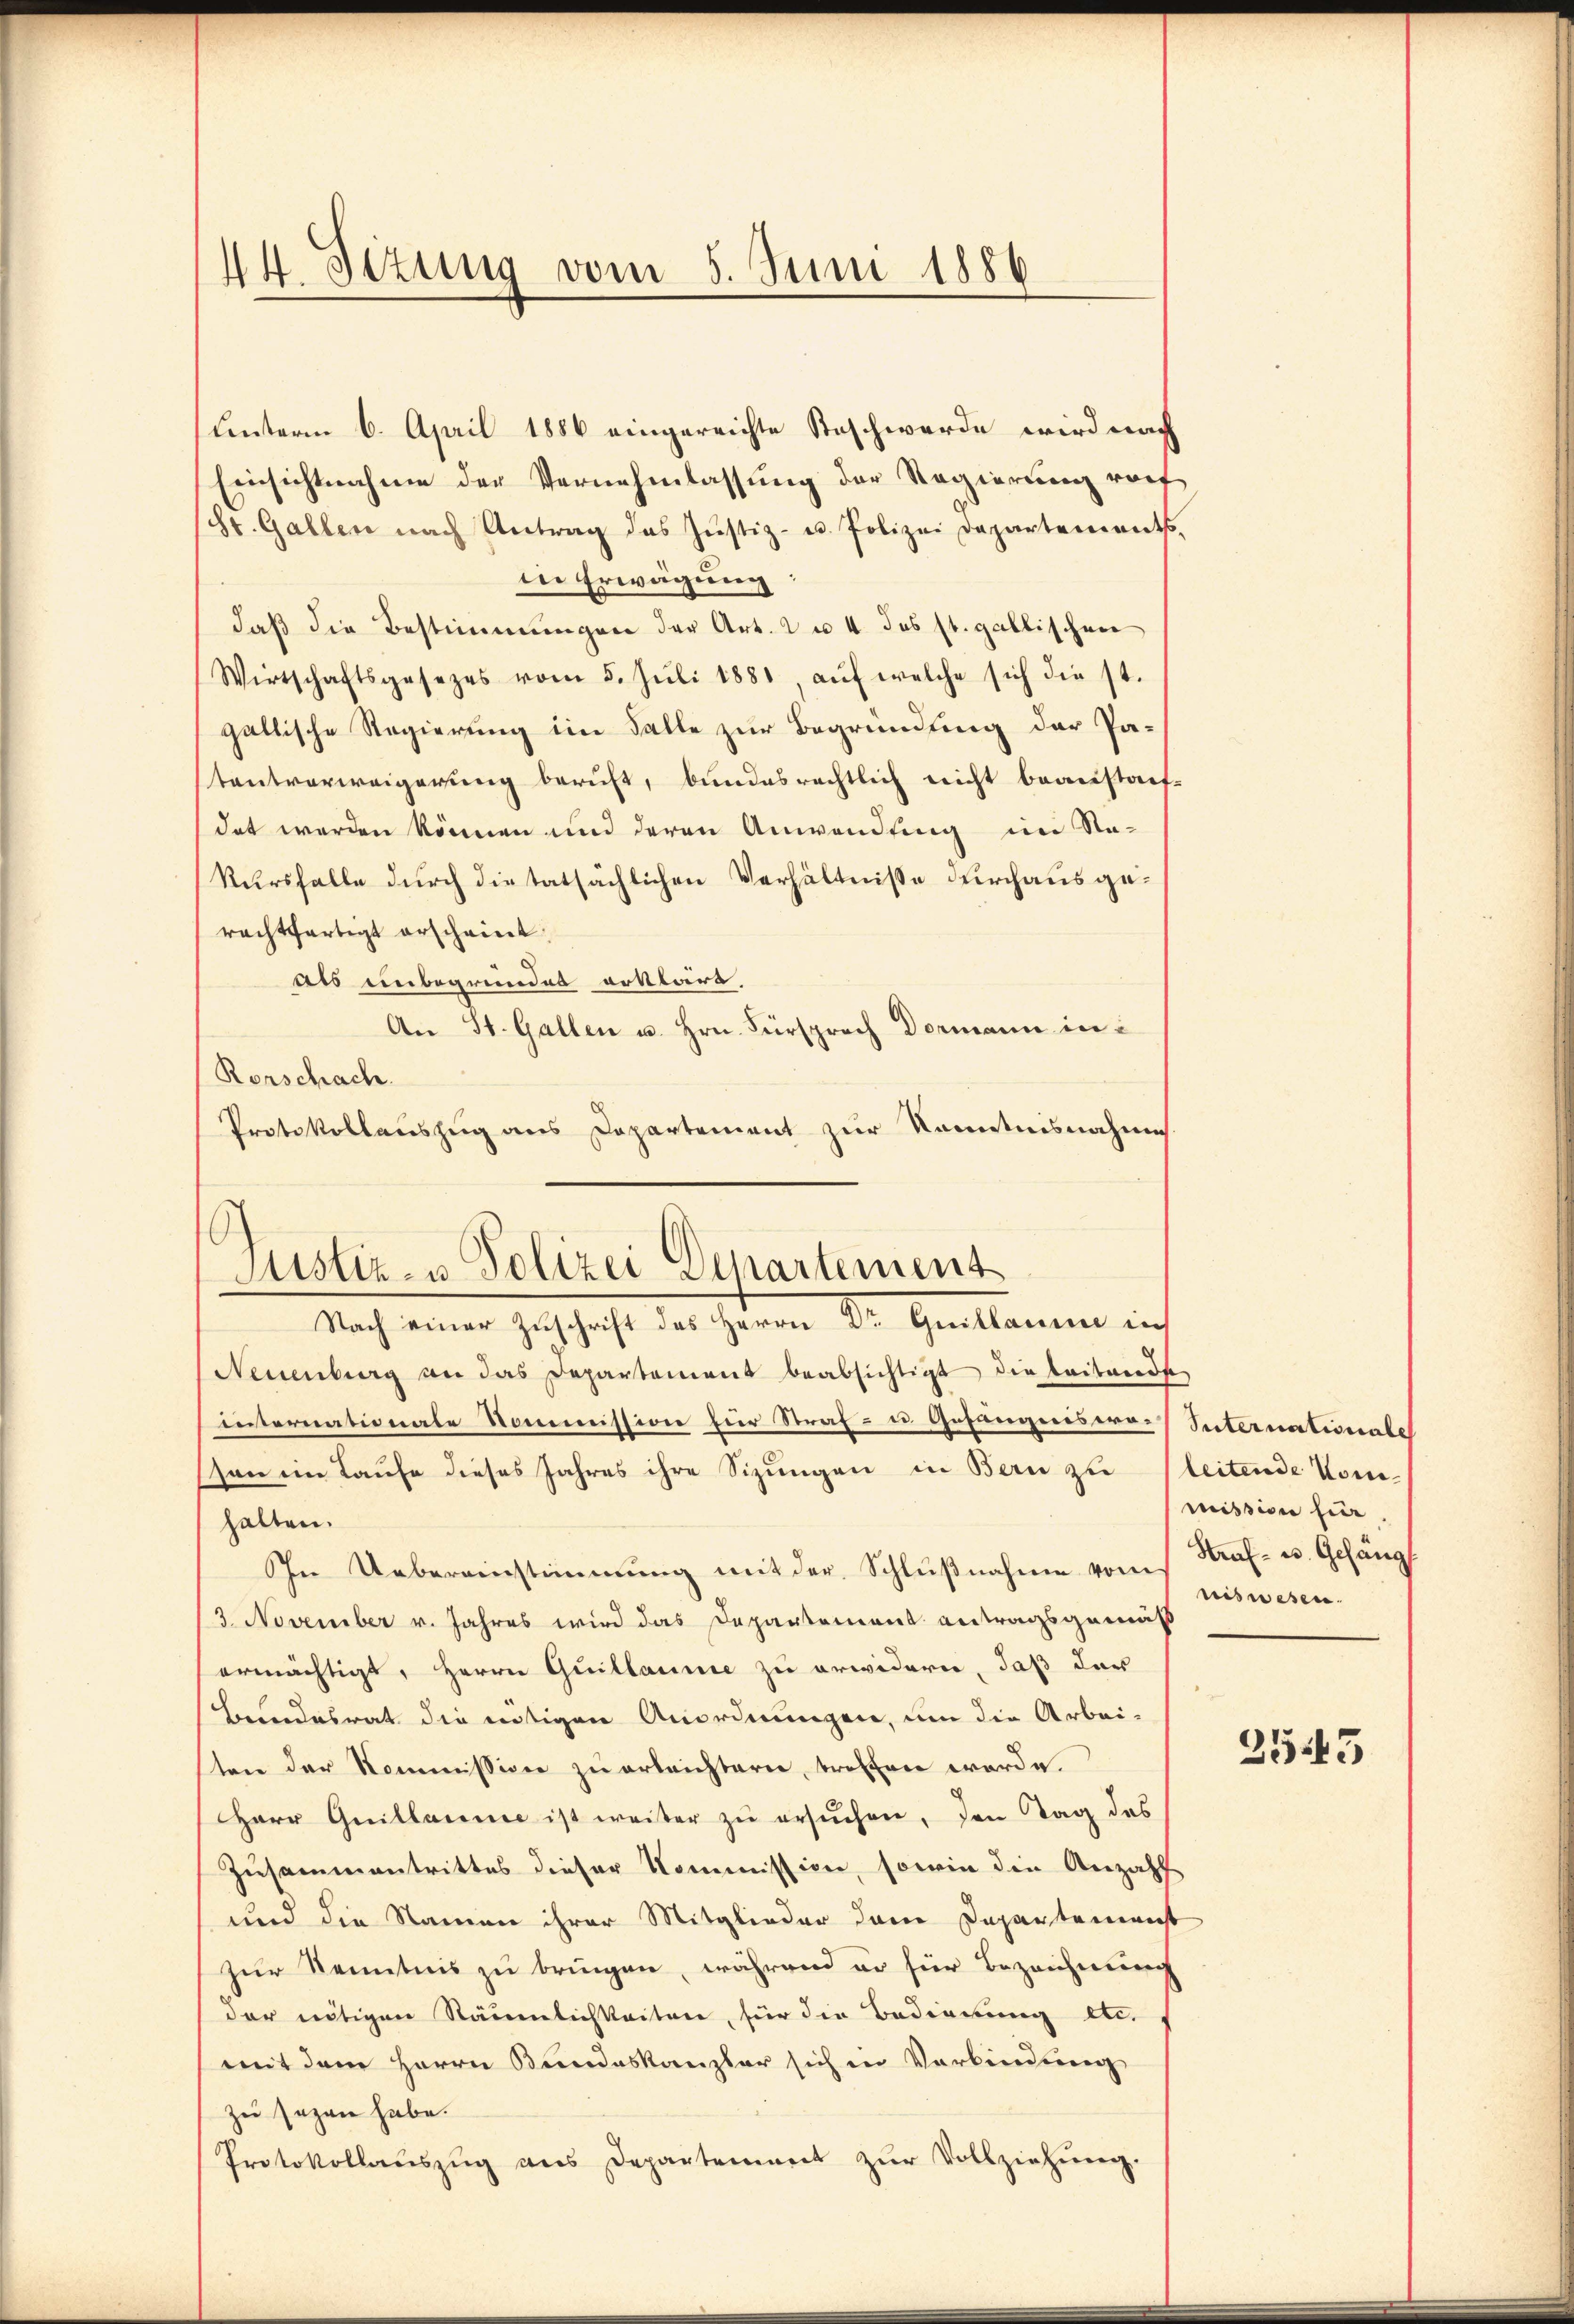
14. Situng vom 5. Juni 1886

unterm 6. April 1886 eingereichte Steschwerde wird nach
Einsichtnahme der Vernehmlassung der Regierung vorf
(St. Galler nach Antrag das Justiz- u. Polizei Departements,
in Erwägung:
daß die Bestimmungen der Art. 2 u. 4 des st. gallischen
Wirtschaftsgesezes vom 5. Jŭli 1881, aŭf welche sich die st.
gallische Regierung im Falle zur Begründung der Patentverweigerung beruht, bundesrechtlich nicht beanstauf-
det werden können und deren Anwendung im Na-
Kursfalle durch die tatsächlichen Verhältnisse durchausgerachtfertigt erscheint.
als unbegründet erklärt,
An St. Gallen u. Hrn. Fürsprach Dormann in
Rorschach.
Protokollauszug aus Departement zur Kenntnisnahme
Neuenburg an das Departement beabsichtigt die Leitwerde
internationale Kommission für Straf- u Gefängnis erson im Laufe dieses Jahres ihre Sizungen in Bern zu
halten.
In Uebereinstimmung mit der Schlŭβnahme vom
3. November v. Jahres wird das Departement antragsgemäß
ermächtigt, Herrn Quillaume zu erwidern, daß das
Leindesrat die intigen Anordnungen, um die Arbei-
ten der Kommission zu erleichtern, troffen werde.
Herr Guillaine ist weiter zŭ ersŭchen, den Tag des
Zusammentrittes dieser Kommission, sowie die Anzahl
und die Namen ihrer Mitglieder dem Departemenst
zur Kenntnis zu bringen, während er für Bezeichnung
der nötigen Stäumlichkeiten, für die Bedienung etc.
mit dem Herrn Bundeskanzler sich in Verbindung
zu sezen habe.
Protokollaŭszŭg ans Departement zŭr Vollziehŭng.

Justiz- u Polizei Departement
Nach einer Zuschrift des Herrn Dr. Guillaume in

Suternationale
leitende Kommission für
Straf- u. Gesang
niswesen.

2543